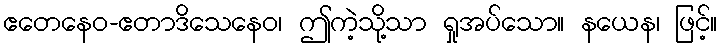
ဧတေနေဝ-ဧတာဒိသေနေဝ၊ ဤကဲ့သို့သာ ရှုအပ်သော။ နယေန၊ ဖြင့်။